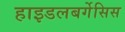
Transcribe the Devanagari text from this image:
हाइडलबर्गेसिस